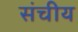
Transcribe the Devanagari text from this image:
संचीय